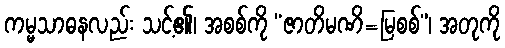
ကမ္မသာဓနလည်း သင့်၏၊ အစစ်ကို “ဇာတိမဏိ=မြစစ်”၊ အတုကို